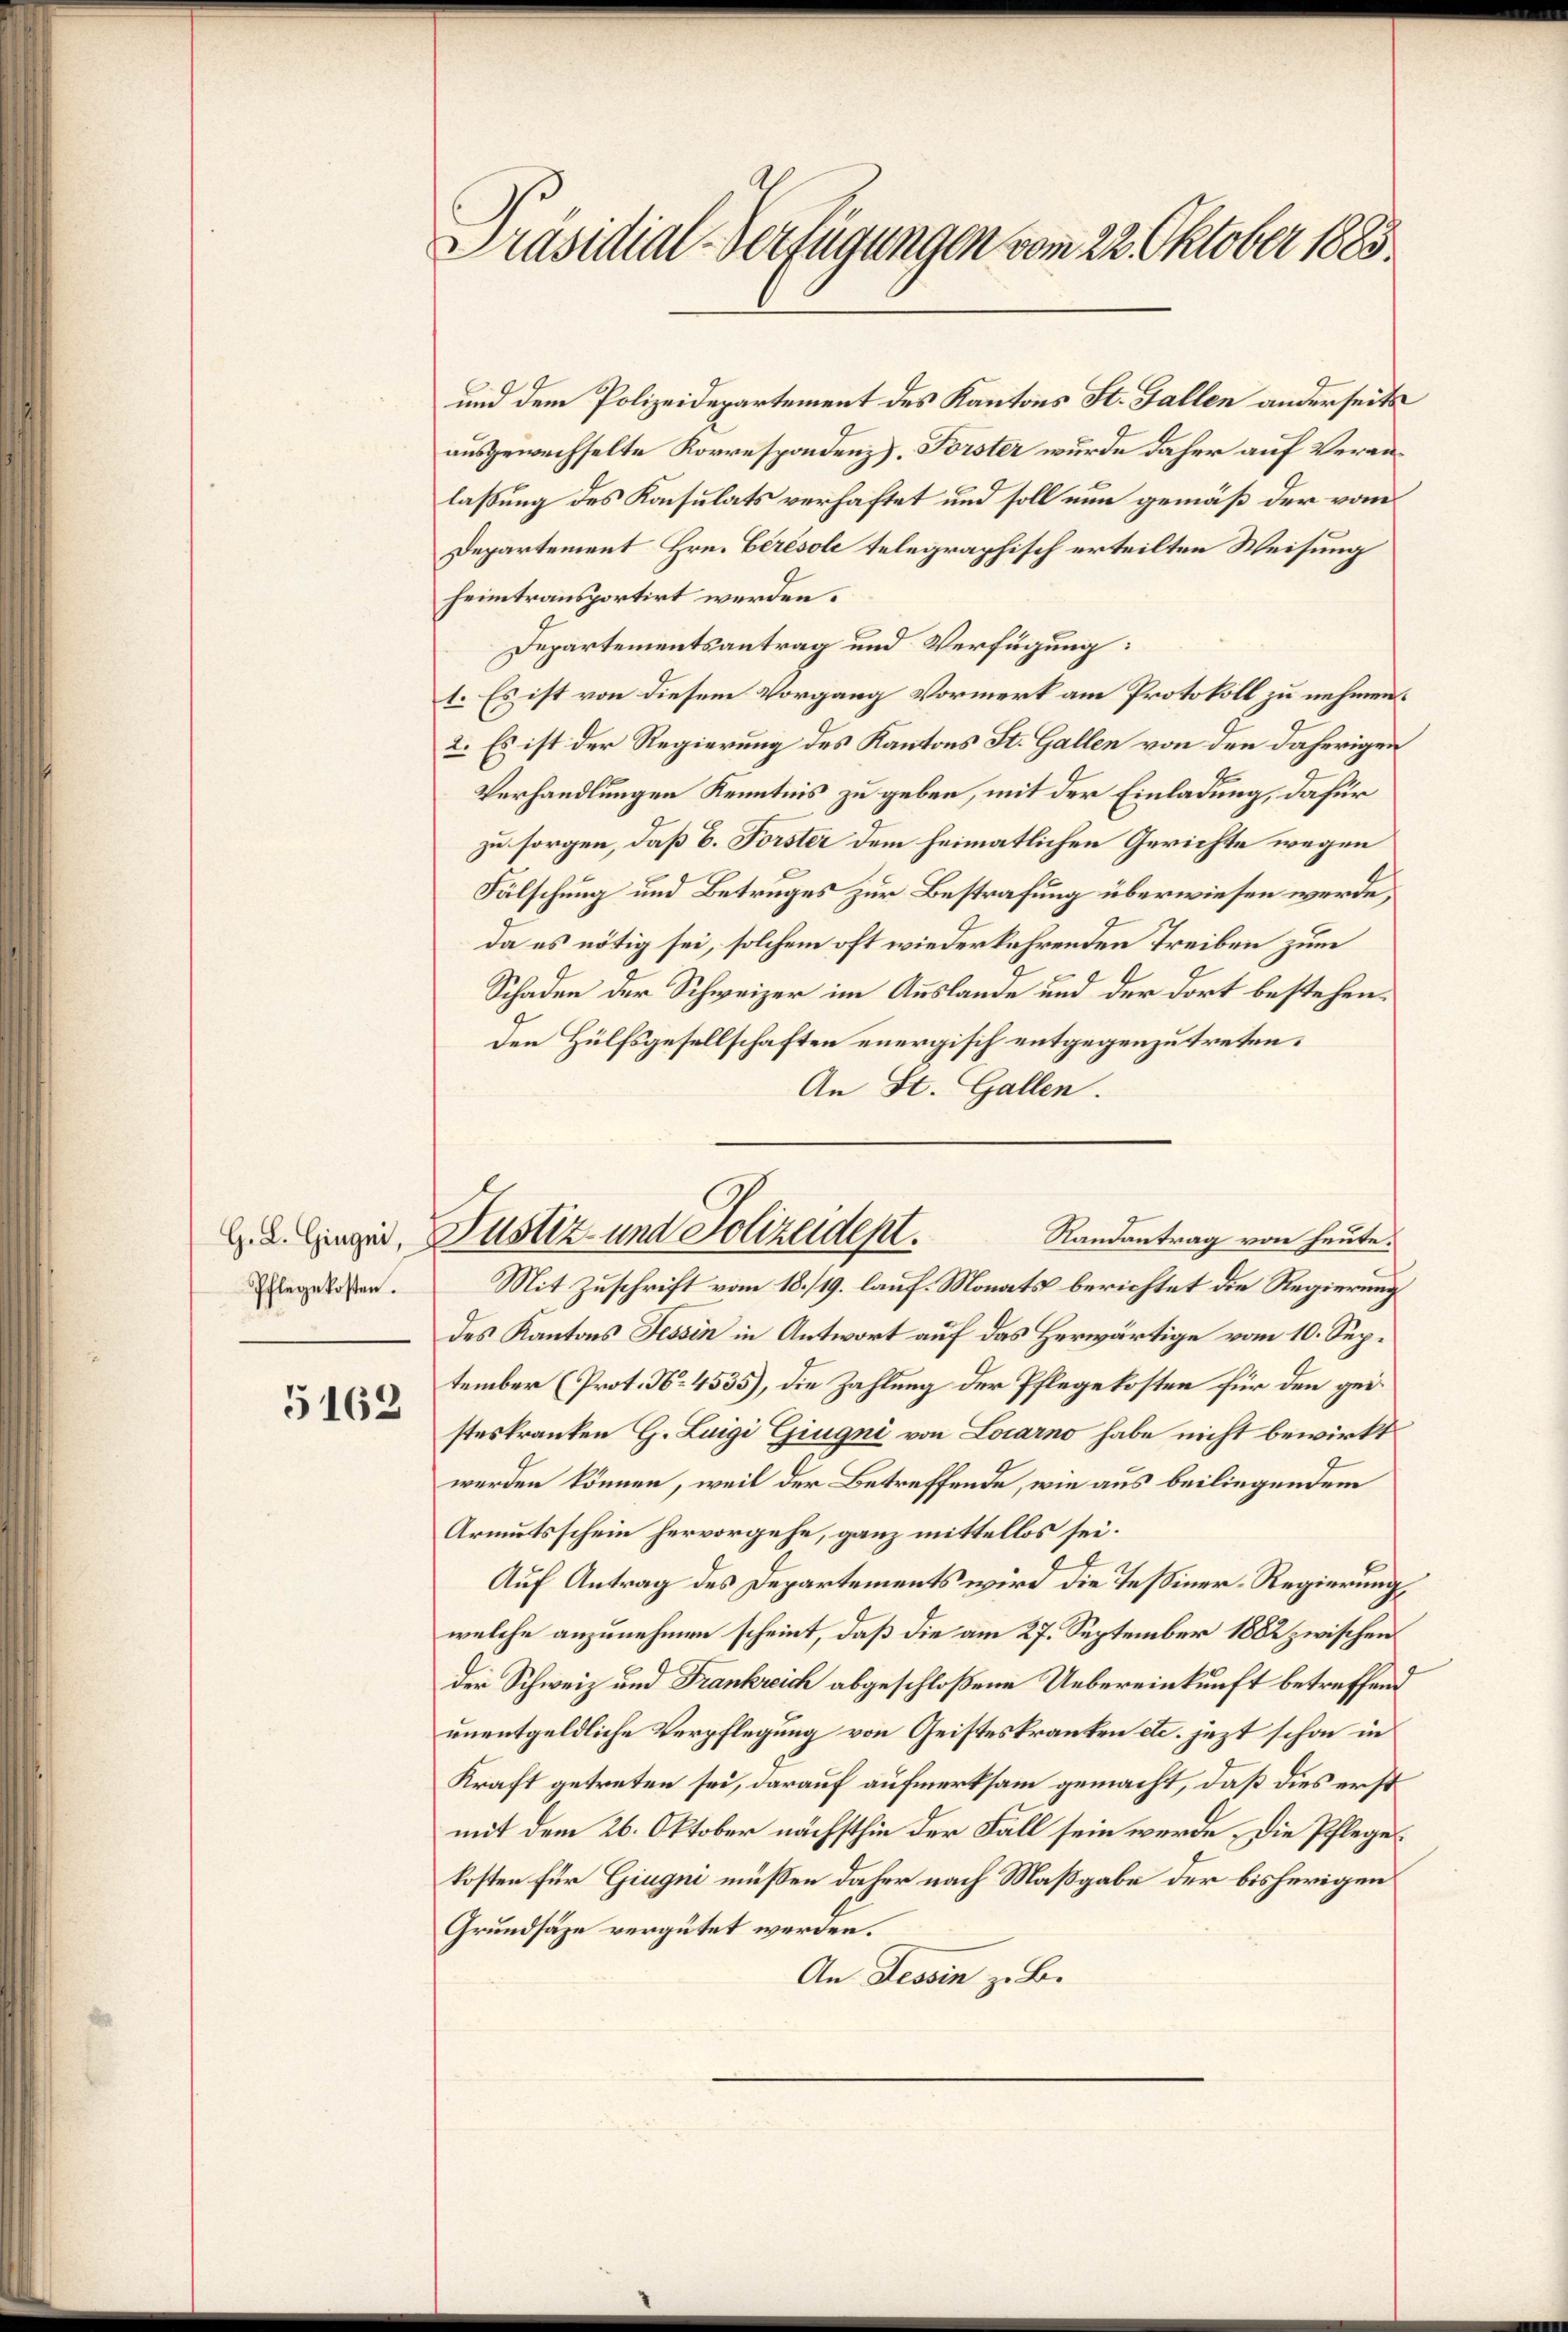
Pflegekosten.

5162

Präsidial-Verfügungen vom 22. Oktober 1885.

und dem Polizeidepartement des Kantons St. Gallen anderseits
ausgewechselte Korrespondenz), Forster wurde daher auf Veranlaßung des Konsulats verhaftet und soll nun gemäß der vom
Departement Hrn. Cérésole telegraphisch erteilten Weisung
heimtransportirt werden.
Departementsantrag und Verfügung:
1. Es ist von diesem Vorgang Vormerk am Protokoll zu nehmen.
2. Es ist der Regierung des Kantons St. Gallen von den daherigen
Verhandlungen Kenntnis zu geben, mit der Einladung, dafür
zu sorgen, daß b. Forster dem heimatlichen Gerichte wegen
Fälschung und Betruges zur Bestrafung überwiesen werde,
da es nötig sei, solchem oft wiederkehrenden Treiben zum
Schaden der Schweizer im Auslande und der dort bestehenden Hülfsgesellschaften energisch entgegenzutreten.
An St. Gallen.
Mit Zuschrift vom 18./19. lauf. Monats berichtet die Regierung
des Kantons Tessin in Antwort auf das Herwärtige vom 10. September (Prot. No. 4535), die Zahlung der Pflegekosten für den geisteskranken G. Luigi Gingni von Locarno habe nicht bewirkt
werden können, weil der Betreffende, wie aus beiliegendem
Armutsschein hervorgehe, ganz mittellos sei.
.
Auf Antrag des Departements wird die Tessiner-Regierung,
welche anzunehmen scheint, daß die am 27. September 1882 zwischen
der Schweiz und Frankreich abgeschloßene Uebereinkunft betreffend
unentgeldliche Verpflegung von Geisteskranken etc. jezt schon in
Kraft getreten sei, darauf aufmerksam gemacht, daß dies erst
mit dem 26. Oktober nächsthin der Fall sein werde, die Pfleges
kosten für Giegni müssen daher nach Maßgabe der bisherigen
Grundsäze vergütet werden.
An Tessin z. B.

G. d. Einger, Justiz und Polizeident.
Randantrag von heute.